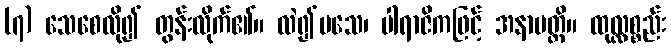
(၇) သေစေလို၍ တွန်းလိုက်၏။ လဲ၍မသေ၊ ပါရာဇိကဖြင့် အနာပတ္တိ။ ထုလ္လစ္စည်း